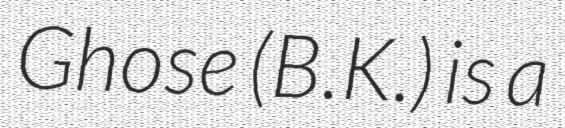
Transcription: Ghose (B.K.) is a